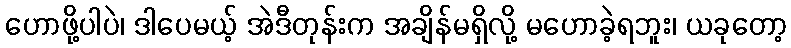
ဟောဖို့ပါပဲ၊ ဒါပေမယ့် အဲဒီတုန်းက အချိန်မရှိလို့ မဟောခဲ့ရဘူး၊ ယခုတော့